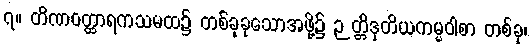
၇။ တိဏဝတ္ထာရကသမထ၌ တစ်ခုခုသောအဖို့၌ ဉတ္တိဒုတိယကမ္မဝါစာ တစ်ခု၊